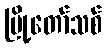
မြို့တော်သစ်